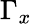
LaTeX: \Gamma_{x}